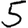
Digit: 5